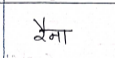
मजकूर: रैना